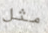
مثل